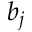
b _ { j }